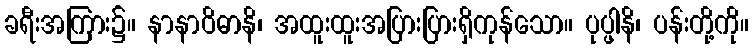
ခရီးအကြား၌။ နာနာဝိဓာနိ၊ အထူးထူးအပြားပြားရှိကုန်သော။ ပုပ္ဖါနိ၊ ပန်းတို့ကို။